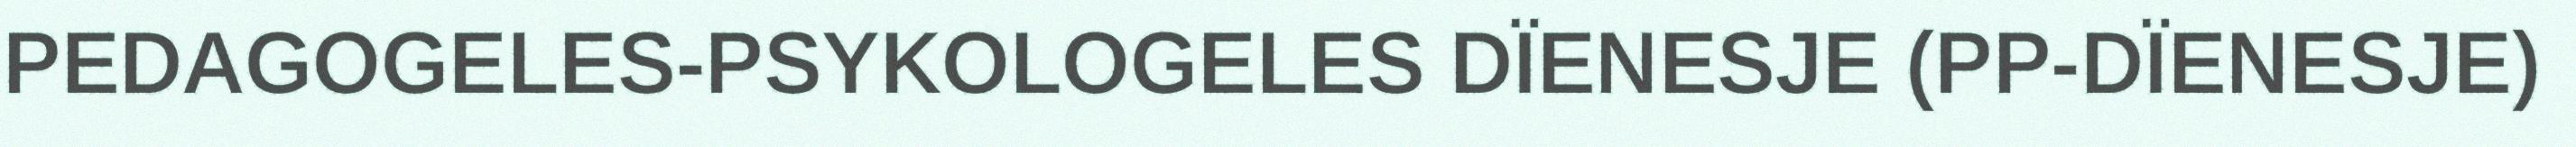
PEDAGOGELES-PSYKOLOGELES DÏENESJE (PP-DÏENESJE)